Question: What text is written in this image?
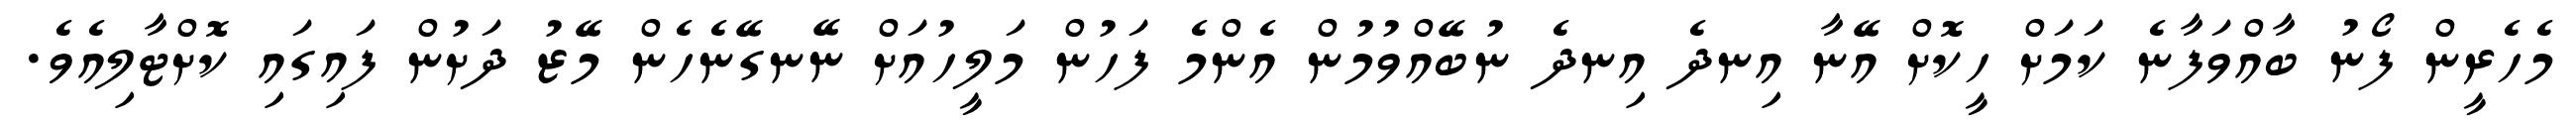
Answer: މެހެރީން ފޯނު ބާއްވަފާނެ ކަމަށް ހީކޮށް އޭނާ އިނދެ އިނދެ ނުބޭއްވުމުން އެންމެ ފަހުން މަލީހުއަށް ނޭނގޭނެހެން މޭޒު ދަށުން ފައިގައި ކޮށްޓާލިއެވެ.